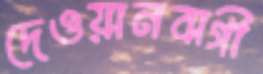
দেওয়ানবাগী